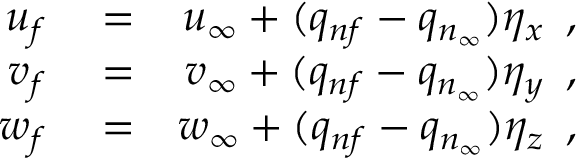
\begin{array} { r l r } { u _ { f } } & { { } = } & { u _ { \infty } + ( q _ { n f } - q _ { n _ { \infty } } ) \eta _ { x } \, \mathrm { ~ , ~ } } \\ { v _ { f } } & { { } = } & { v _ { \infty } + ( q _ { n f } - q _ { n _ { \infty } } ) \eta _ { y } \, \mathrm { ~ , ~ } } \\ { w _ { f } } & { { } = } & { w _ { \infty } + ( q _ { n f } - q _ { n _ { \infty } } ) \eta _ { z } \, \mathrm { ~ , ~ } } \end{array}